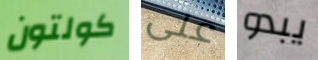
كولتون على يبدو